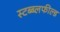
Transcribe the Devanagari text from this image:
स्टब्ब्लफील्ड